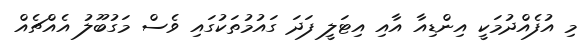
މި އުފެއްދުމަކީ އިންޑިއާ އާއި އިޓަލީ ފަދަ ގައުމުތަކުގައި ވެސް މަގުބޫލު އެއްޗެއް